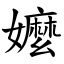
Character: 嬤